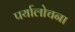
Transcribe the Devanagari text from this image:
पर्यालोचना